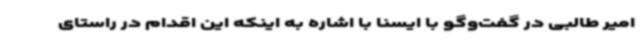
امیر طالبی در گفت‌وگو با ایسنا با اشاره به اینکه این اقدام در راستای